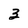
Character: 3